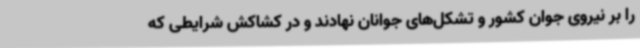
را بر نیروی جوان کشور و تشکل‌های جوانان نهادند و در کشاکش شرایطی که